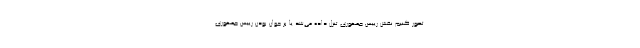
تصور کنیم نقش رییس جمهوری تنزل داده می‌شد یا بر جوان بودن رییس جمهوری